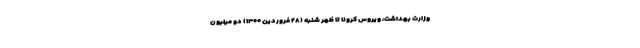
وزارت بهداشت، ویروس کرونا تا ظهر شنبه (۲۸ فروردین ۱۴۰۰) دو میلیون